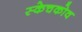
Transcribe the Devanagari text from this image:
स्केचकोव